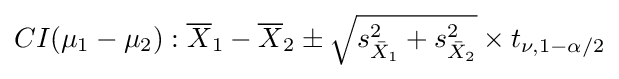
CI(\mu _{1}-\mu _{2}):{\overline {X}}_{1}-{\overline {X}}_{2}\pm {\sqrt {{s_{{\bar {X}}_{1}}^{2}}+{s_{{\bar {X}}_{2}}^{2}}}}\times t_{\nu ,1-\alpha /2}